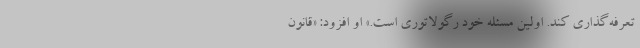
تعرفه‌گذاری کند. اولین مسئله خود رگولاتوری است.» او افزود: «قانون